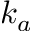
k _ { a }